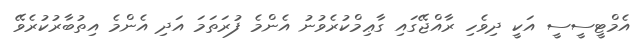
އެމްޓީސީސީ އަކީ ދިވެހި ރާއްޖޭގައި ގާޢިމްކުރެވުނު އެންމެ ފުރަތަމަ އަދި އެންމެ އިތުބާރުކުރެވޭ